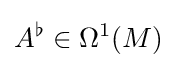
A^{\flat }\in \Omega ^{1}(M)